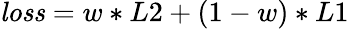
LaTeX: \mathit{loss}=w*L2+(1-w)*L1